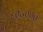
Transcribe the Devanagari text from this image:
६०॰०००